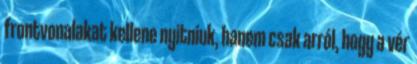
frontvonalakat kellene nyitniuk, hanem csak arról, hogy a vér